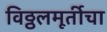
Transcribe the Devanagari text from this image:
विठ्ठलमूर्तीचा